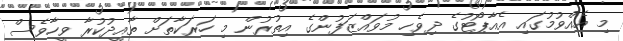
މި އެއްވުމުގައި އެއާޕޯޓުގެ ދިވެހި މުވައްޒަފުންގެ އިތުރުން މި ހަރަކާތަށް ތާއީދުކުރާ ވީހާވެސް